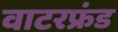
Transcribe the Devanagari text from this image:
वाटरफ्रंड